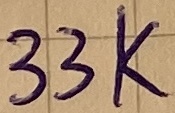
Text: 33K